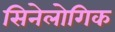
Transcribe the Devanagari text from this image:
सिनेलोगिक